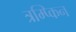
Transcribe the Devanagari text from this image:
त्रम्प्किन